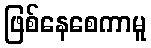
ဖြစ်နေစေကာမူ